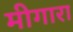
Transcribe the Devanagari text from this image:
मीगारा